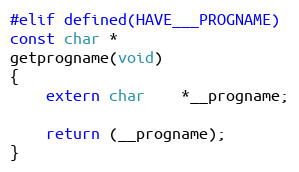
Language: C
#elif defined(HAVE___PROGNAME)
const char *
getprogname(void)
{
	extern char	*__progname;

	return (__progname);
}